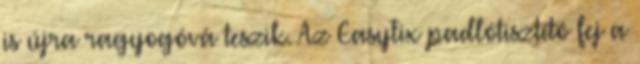
is újra ragyogóvá teszik. Az EasyFix padlótisztító fej a